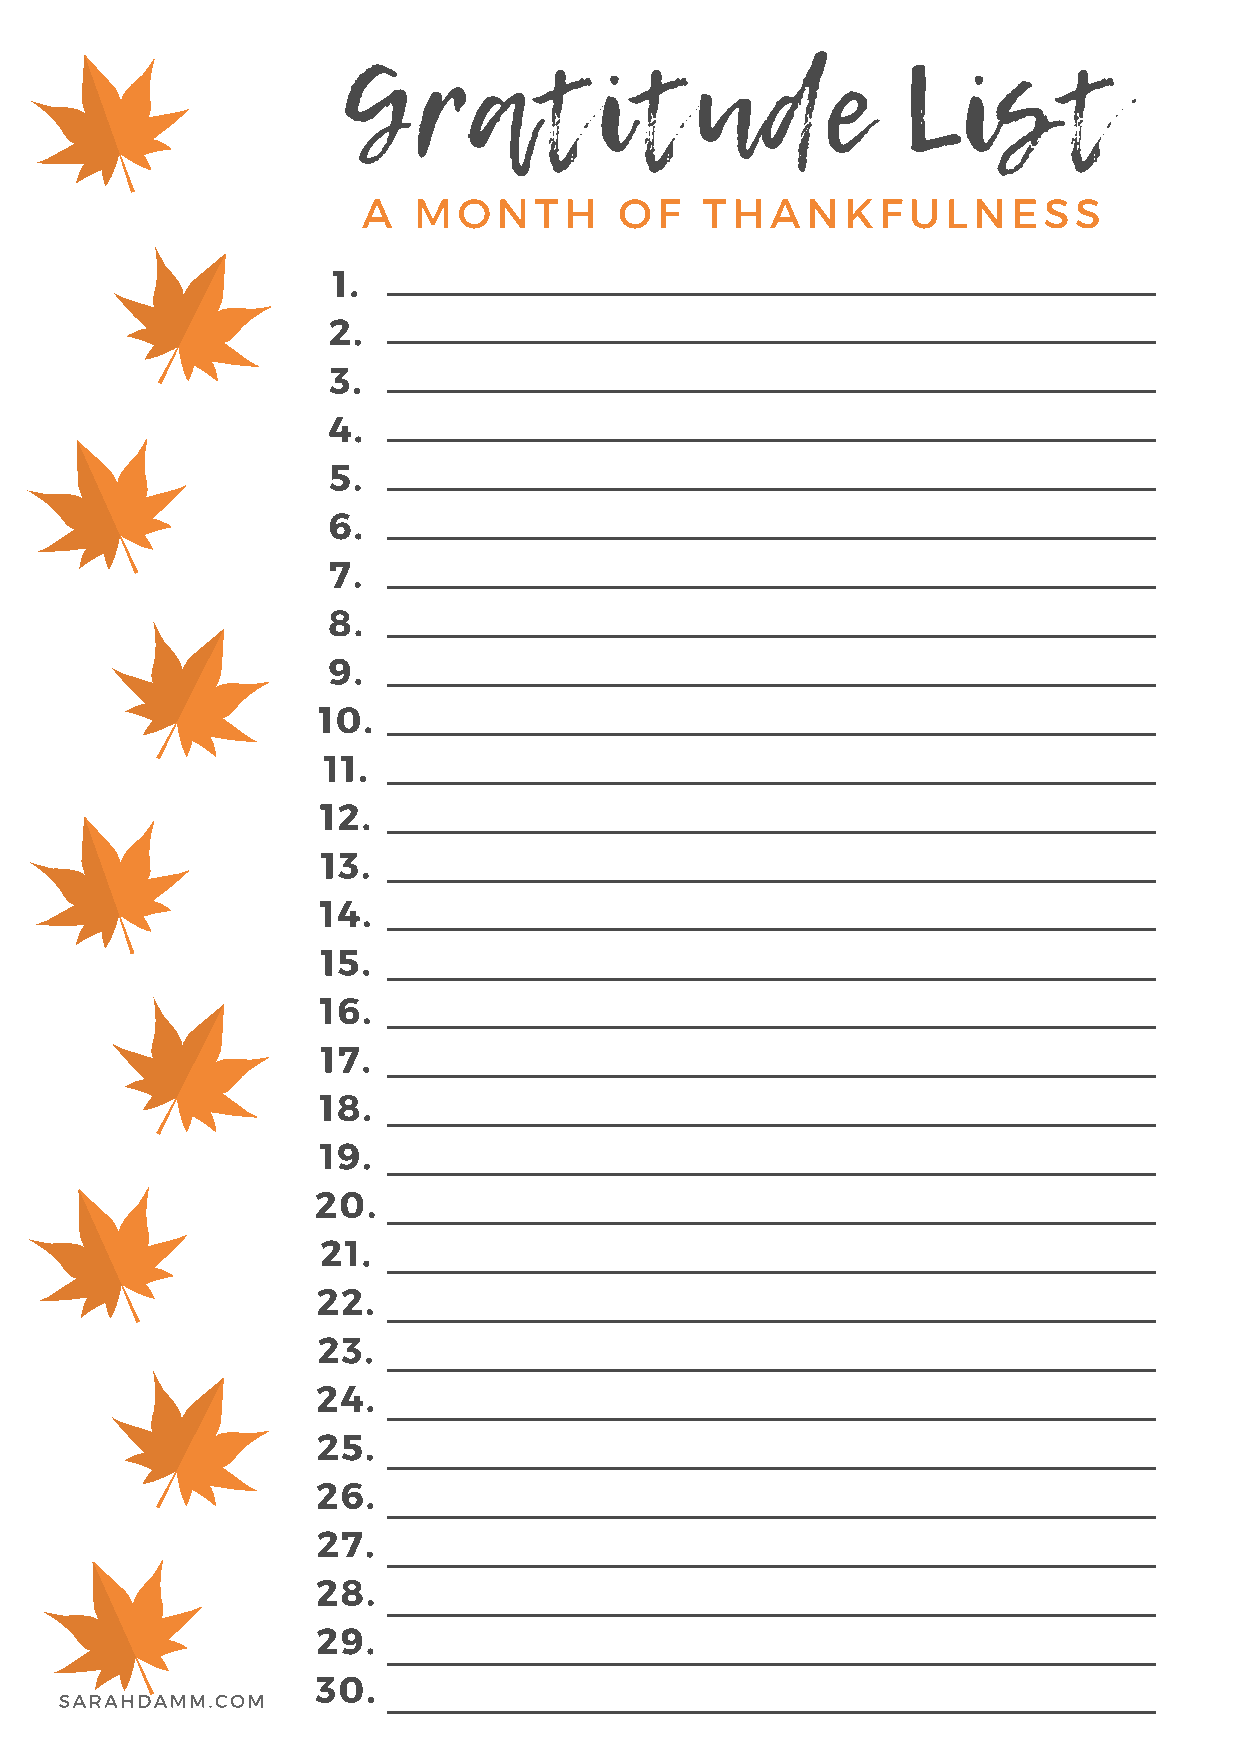
Gratitude                            List
 A  MONTH         OF   THANKFULNESS
 1.
 2.
 3.
 4.
 5.
 6.
 7.
 8.
 9.
 10.
 11.
 12.
 13.
 14.
 15.
 16.
 17.
 18.
 19.
 20.
 21.
 22.
 23.
 24.
 25.
 26.
 27.
 28.
 29.
 30.
 SARAHDAMM.COM